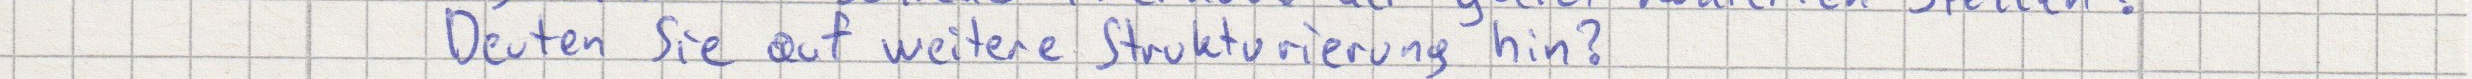
Deuten Sie auf weitere Strukturierungen hin?